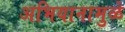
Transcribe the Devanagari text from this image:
अभियानामुळे